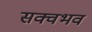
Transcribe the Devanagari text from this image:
सक्वभव